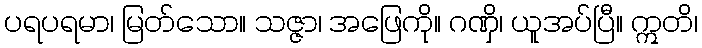
ပရပရမာ၊ မြတ်သော။ သဇ္ဇာ၊ အဖြေကို။ ဂဏှိ၊ ယူအပ်ပြီ။ ဣတိ၊